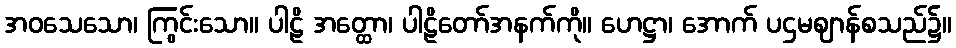
အဝသေသော၊ ကြွင်းသော။ ပါဠိ အတ္ထော၊ ပါဠိတော်အနက်ကို။ ဟေဋ္ဌာ၊ အောက် ပဌမဈာန်စသည်၌။